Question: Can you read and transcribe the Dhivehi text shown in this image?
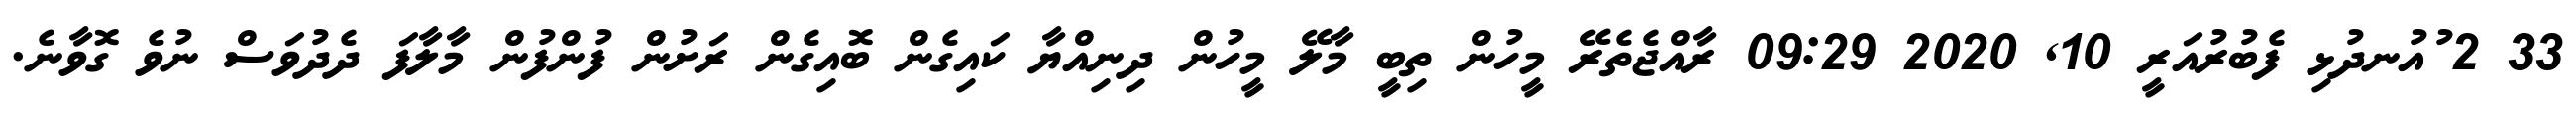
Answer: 33 2 ުއުނދުޅި ފެބުރުއަރީ 10, 2020 09:29 ރާއްޖެތެރޭ މީހުން ތިބީ މާލޭ މީހުން ދިނިއްޔާ ކައިގެން ބޮއިގެން ރަށުން ފުންފުން މާލާފަ ދެދުވަސް ނުވެ ގޮވާނެ.